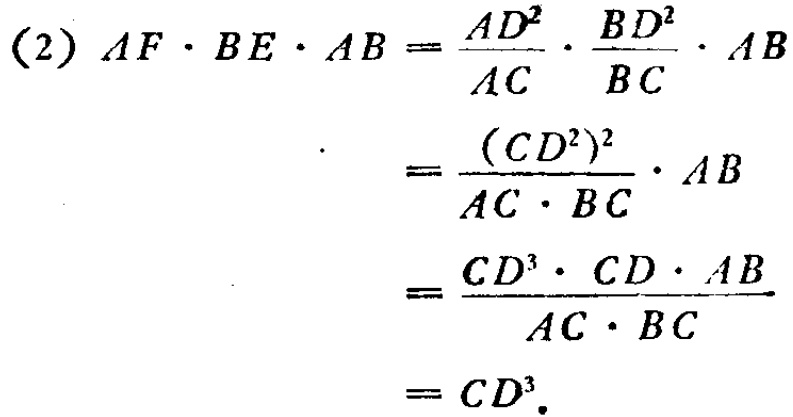
\begin{align*}
(2)\ AF\cdot BE\cdot AB&=\frac{AD^{2}}{AC}\cdot\frac{BD^{2}}{BC}\cdot AB\\
&=\frac{(CD^{2})^{2}}{AC\cdot BC}\cdot AB\\
&=\frac{CD^{3}\cdot CD\cdot AB}{AC\cdot BC}\\
&=CD^{3}.
\end{align*}